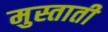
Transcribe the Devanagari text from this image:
मुस्ताती